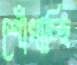
শোঁখাচ্ছি